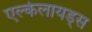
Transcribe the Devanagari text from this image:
एल्केलायड्स